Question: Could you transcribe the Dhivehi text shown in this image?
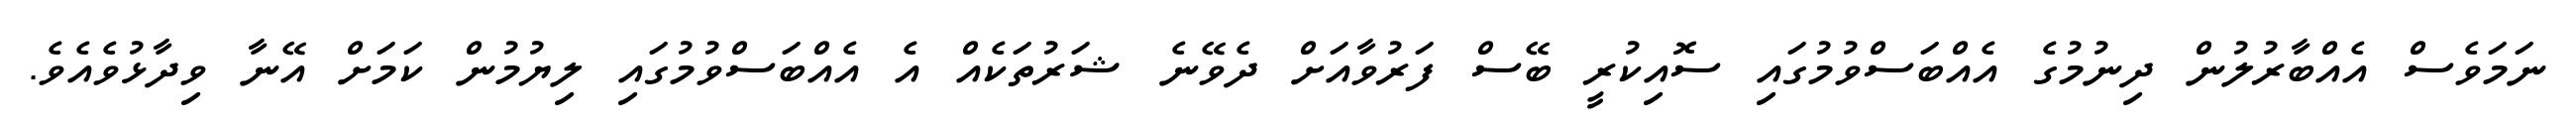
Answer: ނަމަވެސް އެއްބާރުލުން ދިނުމުގެ އެއްބަސްވުމުގައި ސޮއިކުރީ ބޭސް ފަރުވާއަށް ދެވޭނެ ޝަރުތަކެއް އެ އެއްބަސްވުމުގައި ލިޔުމުން ކަމަށް އޭނާ ވިދާޅުވެއެވެ.